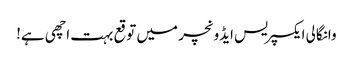
وانگالی ایکسپریس ایڈونچر میں توقع بہت اچھی ہے!